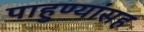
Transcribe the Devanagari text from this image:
पाहुण्यांसह